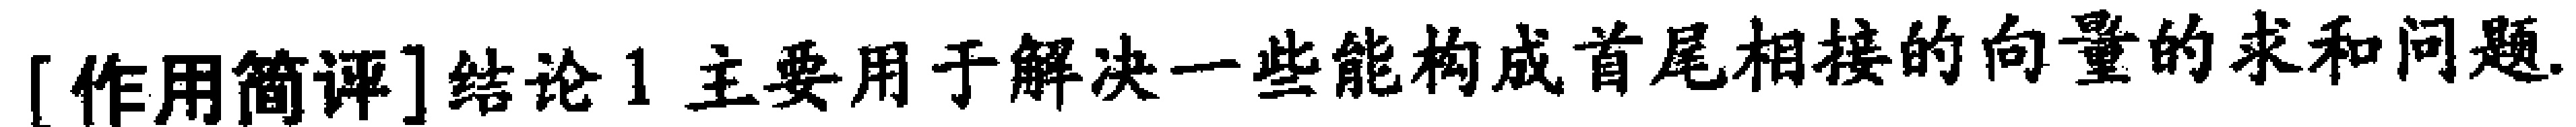
[作用简评]结论1主要用于解决一些能构成首尾相接的向量的求和问题